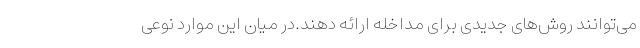
می‌توانند روش‌های جدیدی برای مداخله ارائه دهند.در میان این موارد نوعی